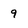
Character: 9